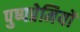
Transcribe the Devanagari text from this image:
पुष्पप्रेमियों